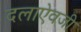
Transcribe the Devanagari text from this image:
दलाऐवजी